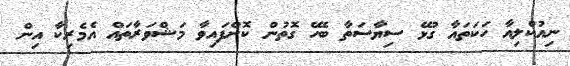
ނިއުކްލިއާ ހަކަތައާ ގުޅޭ ސިޔާސަތާ ބެހޭ ގޮތުން ކޮށްފައިވާ މަޝްވަރާތައް އެމެރިކާ އިން